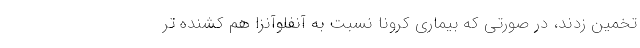
تخمین زدند، در صورتی که بیماری کرونا نسبت به آنفلوآنزا هم کشنده تر